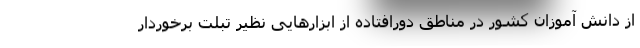
از دانش آموزان کشور در مناطق دورافتاده از ابزارهایی نظیر تبلت برخوردار